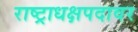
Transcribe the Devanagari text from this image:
राष्ट्राधक्षपदावर